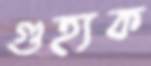
গুহ্যক